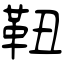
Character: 靵